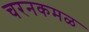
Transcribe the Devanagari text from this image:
चरनकमळ